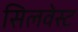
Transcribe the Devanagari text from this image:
सिलवेस्ट